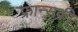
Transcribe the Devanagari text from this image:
फ्रान्सकी